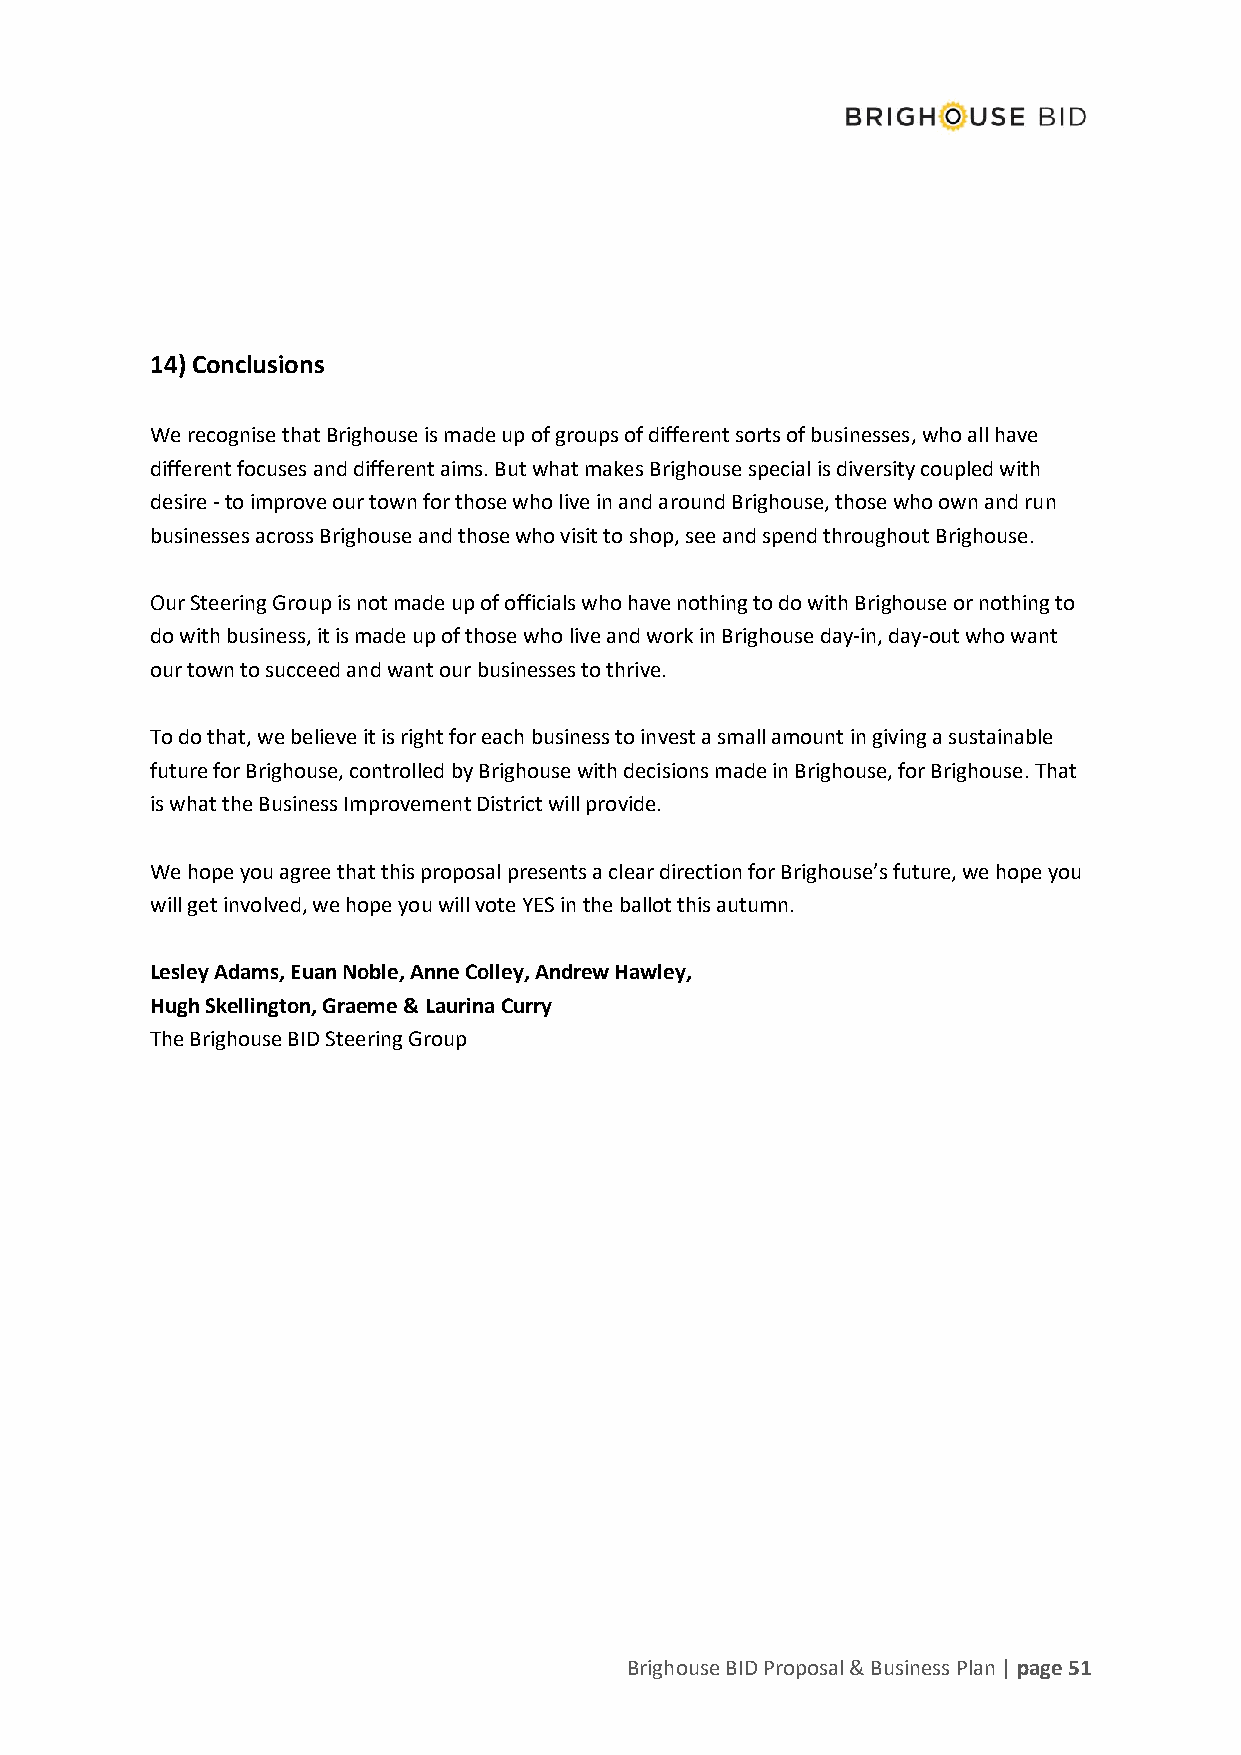
14) Conclusions
 We recognise that Brighouse is made up of groups of different sorts of businesses, who all have
 different focuses and different aims. But what makes Brighouse special is diversity coupled with
 desire - to improve our town for those who live in and around Brighouse, those who own and run
 businesses across Brighouse and those who visit to shop, see and spend throughout Brighouse.
 Our Steering Group is not made up of officials who have nothing to do with Brighouse or nothing to
 do with business, it is made up of those who live and work in Brighouse day-in, day-out who want
 our town to succeed and want our businesses to thrive.
 To do that, we believe it is right for each business to invest a small amount in giving a sustainable
 future for Brighouse, controlled by Brighouse with decisions made in Brighouse, for Brighouse. That
 is what the Business Improvement District will provide.
 We hope you agree that this proposal presents a clear direction for Brighouse’s future, we hope you
 will get involved, we hope you will vote YES in the ballot this autumn.
 Lesley Adams, Euan Noble, Anne Colley, Andrew Hawley,
 Hugh Skellington, Graeme & Laurina Curry
 The Brighouse BID Steering Group
 Brighouse BID Proposal & Business Plan | page 51